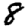
Digit: 8